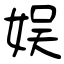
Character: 娱